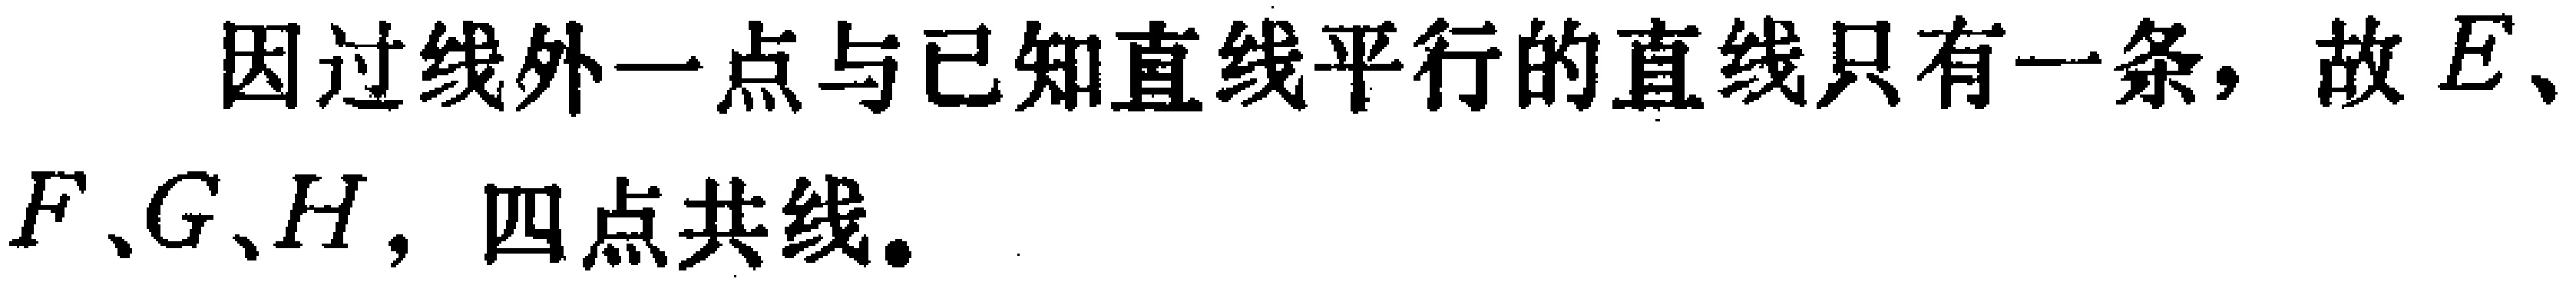
因过线外一点与已知直线平行的直线只有一条，故\(E\)、\(F\)、\(G\)、\(H\)，四点共线。